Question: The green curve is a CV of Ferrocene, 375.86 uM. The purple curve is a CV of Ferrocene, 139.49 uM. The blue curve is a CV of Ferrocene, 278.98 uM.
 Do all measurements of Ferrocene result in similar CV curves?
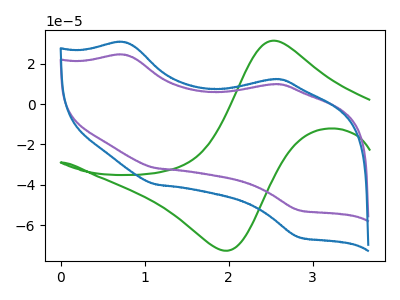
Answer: <think>The green curve "Ferrocene, 375.86 uM" has an anodic peak at (2.55V, 31.45uA) and a cathodic peak at (1.95V, -72.60uA). The purple curve "Ferrocene, 139.49 uM" has anodic peaks at (0.75V, 24.40uA) (2.50V, 9.80uA) and cathodic peaks at (1.15V, -31.75uA) (2.85V, -52.65uA). The blue curve "Ferrocene, 278.98 uM" has anodic peaks at (0.75V, 30.60uA) (2.50V, 12.30uA) and cathodic peaks at (1.15V, -39.85uA) (2.85V, -66.00uA).
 "Ferrocene, 375.86 uM" and "Ferrocene, 139.49 uM" have a different number of peaks. "Ferrocene, 375.86 uM" and "Ferrocene, 278.98 uM" have a different number of peaks. All the peaks in "Ferrocene, 139.49 uM" have a peak in "Ferrocene, 278.98 uM" at the same potential. Every peak in "Ferrocene, 139.49 uM" is lower than every peak in "Ferrocene, 278.98 uM".</think>
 <answer>All the CV's of "Ferrocene" have similar shape.</answer>
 <eval>follow_rule</eval>